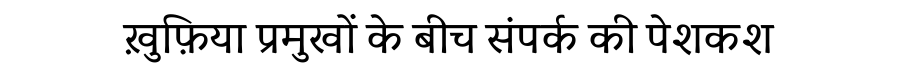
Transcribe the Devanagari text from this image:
ख़ुफ़िया प्रमुखों के बीच संपर्क की पेशकश